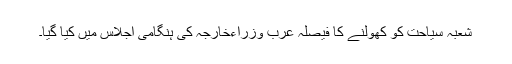
شعبہ سیاحت کو کھولنے کا فیصلہ عرب وزراءخارجہ کی ہنگامی اجلاس میں کیا گیا۔